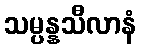
သမ္ပန္နသီလာနံ